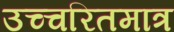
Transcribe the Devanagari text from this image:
उच्चरितमात्र